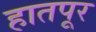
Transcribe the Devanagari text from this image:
हातपूर